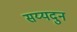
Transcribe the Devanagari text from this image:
सय्यदुन